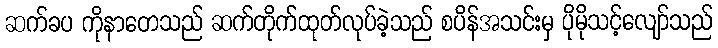
ဆက်ခပ ကိုနာတေသည် ဆက်တိုက်ထုတ်လုပ်ခဲ့သည် စပိန်အသင်းမှ ပိုမိုသင့်လျော်သည်